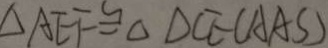
\Delta A E F \cong \Delta D C E ( A A S )